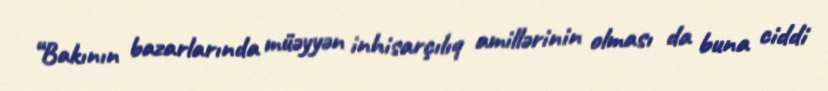
“Bakının bazarlarında müəyyən inhisarçılıq amillərinin olması da buna ciddi